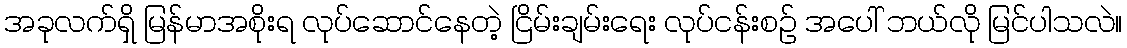
အခုလက်ရှိ မြန်မာအစိုးရ လုပ်ဆောင်နေတဲ့ ငြိမ်းချမ်းရေး လုပ်ငန်းစဉ် အပေါ် ဘယ်လို မြင်ပါသလဲ။